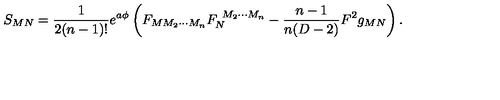
S _ { M N } = { \frac { 1 } { 2 ( n - 1 ) ! } } e ^ { a \phi } \left( F _ { M M _ { 2 } \cdots M _ { n } } F _ { N } ^ { \ M _ { 2 } \cdots M _ { n } } - { \frac { n - 1 } { n ( D - 2 ) } } F ^ { 2 } g _ { M N } \right) .